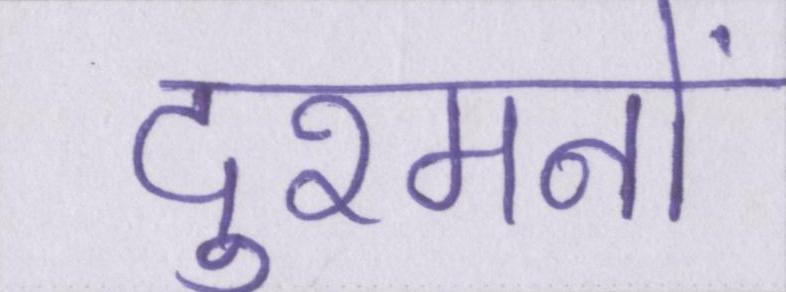
दुश्मनों